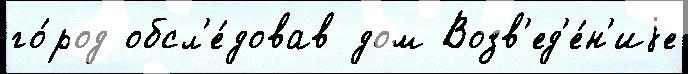
го́род обсл'е́довав дом Возв'ед'е́н'иjе